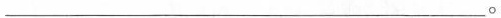
___。